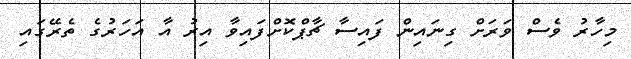
މިހާރު ވެސް ވަރަށް ގިނައިން ފައިސާ ޗާޕްކޮށްފައިވާ އިރު އާ އަހަރުގެ ތެރޭގައި